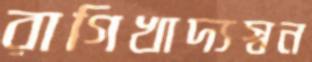
রাগিখাদ্যস্বন